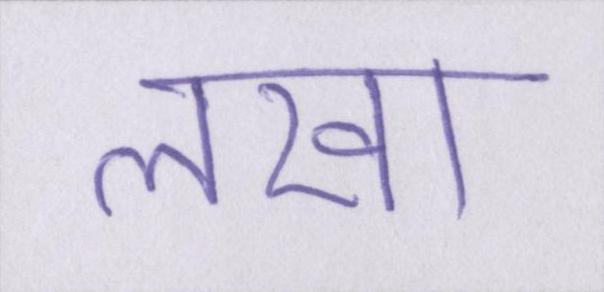
लखा